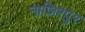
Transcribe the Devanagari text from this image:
नाजिरपुर